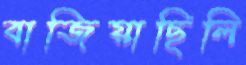
বাজিয়াছিলি